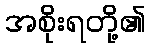
အစိုးရတို့၏